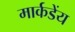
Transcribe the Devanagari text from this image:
मार्कडेंय